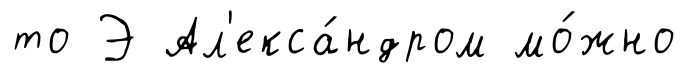
то Э Ал'екса́ндром мо́жно